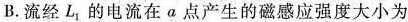
B.流经L_{1}，的电流在a点产生的磁感应强度大小为